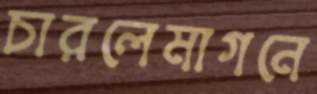
চারলেমাগনে